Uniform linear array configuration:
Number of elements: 16
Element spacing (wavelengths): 0.5
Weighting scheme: cosine
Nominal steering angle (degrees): -30
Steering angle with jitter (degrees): -28.687
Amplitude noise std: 0.05
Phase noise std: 0.05

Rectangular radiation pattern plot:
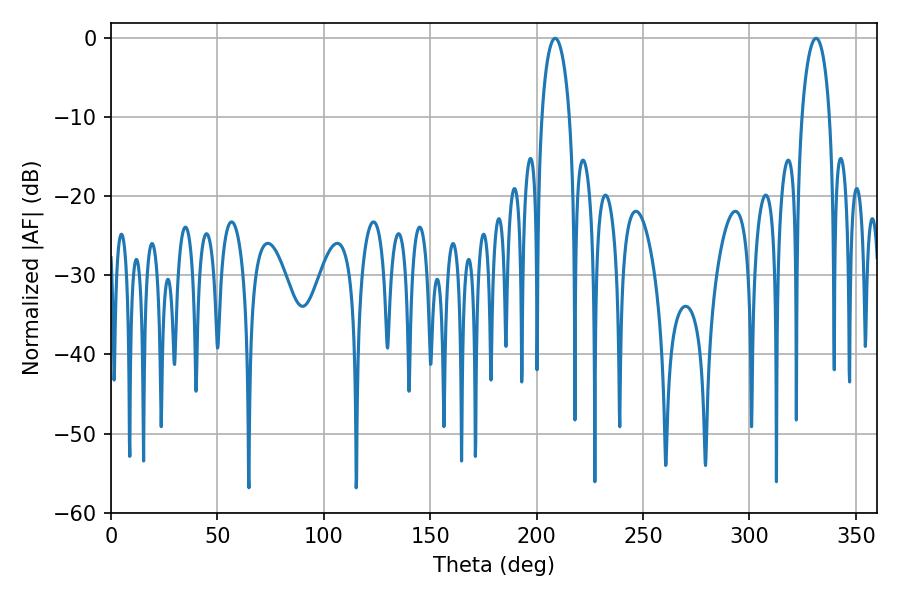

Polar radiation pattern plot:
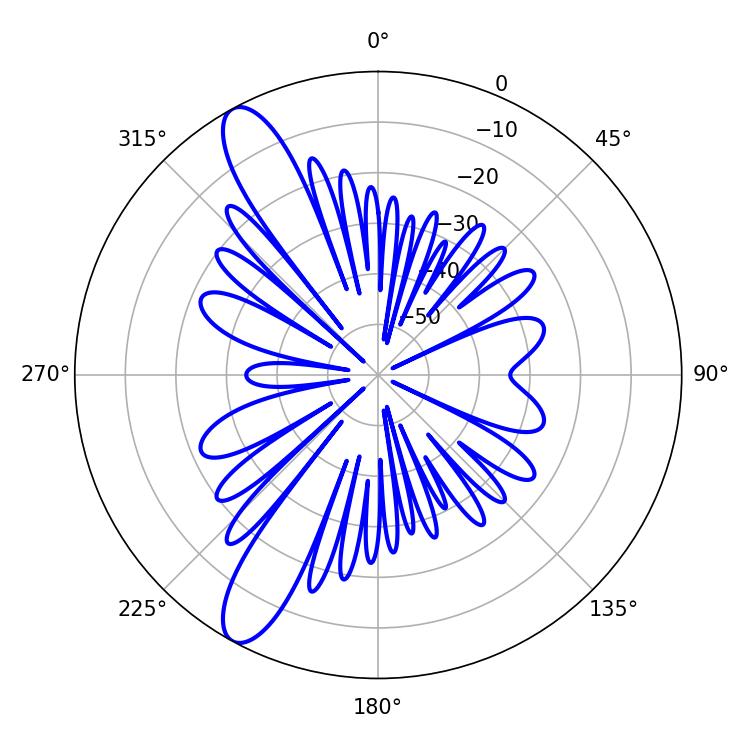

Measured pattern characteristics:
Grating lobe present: FALSE
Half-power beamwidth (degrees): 7.56
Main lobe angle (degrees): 208.62